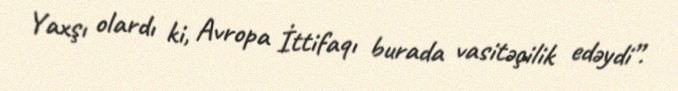
Yaxşı olardı ki, Avropa İttifaqı burada vasitəçilik edəydi”.